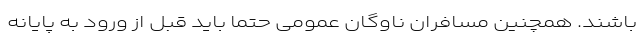
باشند. همچنین مسافران ناوگان عمومی حتماً باید قبل از ورود به پایانه